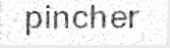
pincher